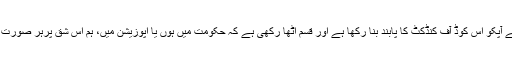
حلف: ہم سیاسی پارٹی کے نمائندوں نے حلف کے ذریعے اپنے آپکو اس کوڈ آف کنڈکٹ کا پابند بنا رکھا ہے اور قسم اٹھا رکھی ہے کہ حکومت میں ہوں یا اپوزیشن میں، ہم اس شق پرہر صورت عمل پیرا رہیں گے اور اس کی خلاف ورزی نہیں کریں گے۔